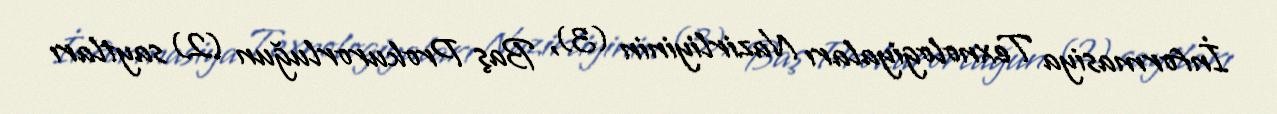
İnformasiya Texnologiyaları Nazirliyinin (3), Baş Prokurorluğun (2) saytları